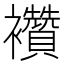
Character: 襸